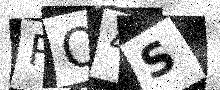
Text: RQ4S